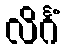
လိင်္ဂံ